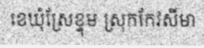
ខេឃុំស្រែខ្ទុម ស្រុកកែវសីមា